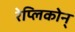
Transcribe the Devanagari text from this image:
रेप्लिकोन्